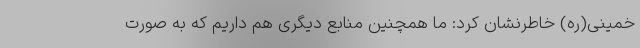
خمینی(ره) خاطرنشان کرد: ما همچنین منابع دیگری هم داریم که به صورت